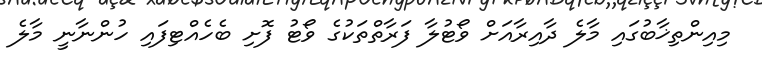
މިއިންތިޚާބުގައި މާލެ ދާއިރާއަށް ވޯޓުލާ ފަރާތްތަކުގެ ވޯޓު ފޮށި ބެހެއްޓިފައި ހުންނާނީ މާލެ